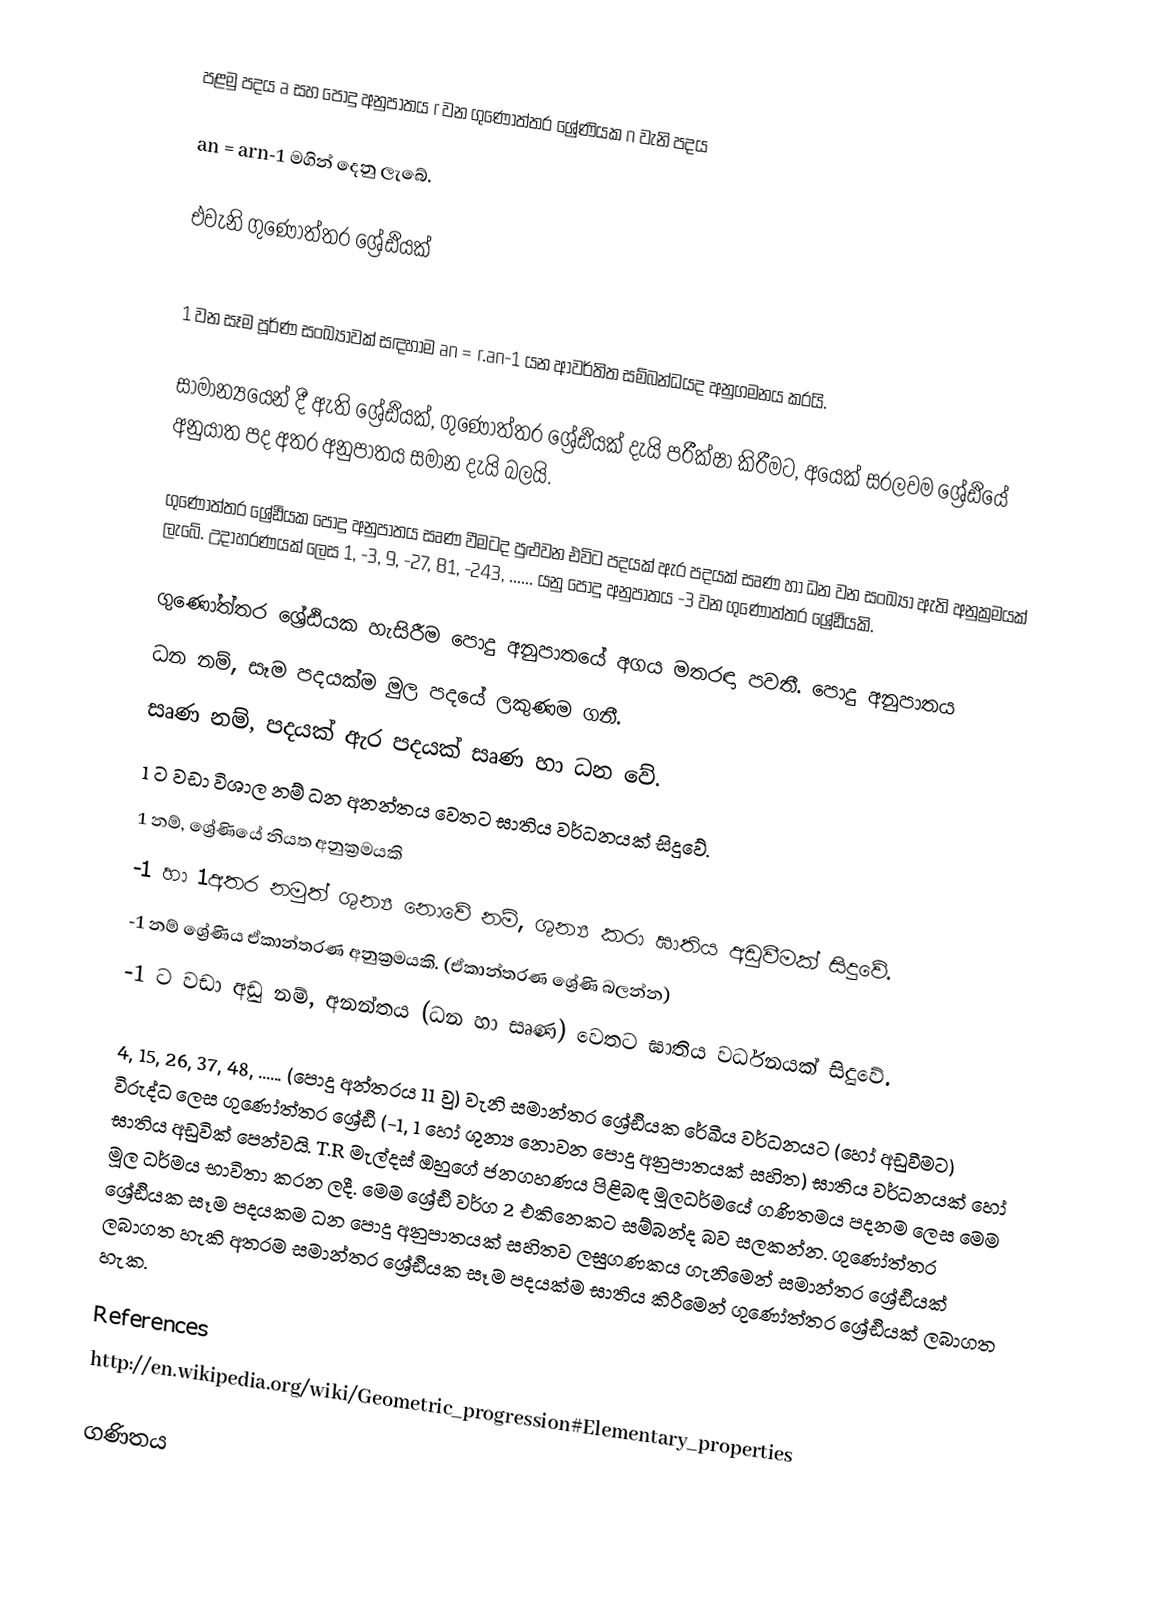
පළමු පදය a සහ පොදු අනුපාතය r වන ගුණෝත්තර ශ්‍රේණියක n වැනි පදය

an = arn-1 මගින් දෙනු ලැබේ.

එවැනි ගුණෝත්තර ශ්‍රේඪියක්

1 වන සෑම පූර්ණ සංඛ්‍යාවක් සඳහාම an = r.an-1 යන ආවර්තිත සම්බන්ධයද අනුගමනය කරයි.

සාමාන්‍යයෙන් දී ඇති ශ්‍රේඪියක්, ගුණෝත්තර ශ්‍රේඪියක් දැයි පරීක්ෂා කිරීමට, අයෙක් සරලවම ශ්‍රේඪියේ අනුයාත පද අතර අනුපාතය සමාන දැයි බලයි.

ගුණෝත්තර ශ්‍රේඪියක පොදු අනුපාතය සෘණ වීමටද පුළුවන එවිට පදයක් ඇර පදයක් සෘණ හා ධන වන සංඛ්‍යා ඇති අනුක්‍රමයක් ලැබේ. උදාහරණයක් ලෙස 1, -3, 9, -27, 81, -243, ...... යනු පොදු අනුපාතය -3 වන ගුණෝත්තර ශ්‍රේඪියකි.

ගුණෝත්තර ශ්‍රේඪියක හැසිරීම පොදු අනුපාතයේ අගය මතරඳා පවතී. පොදු අනුපාතය
ධන නම්, සෑම පදයක්ම මුල පදයේ ලකුණම ගනී.
සෘණ නම්, පදයක් ඇර පදයක් සෘණ හා ධන වේ.
1 ට වඩා විශාල නම් ධන අනන්තය වෙතට ඝාතිය වර්ධනයක් සිදු‍වේ.
1 නම්, ශ්‍රේණියේ නියත අනුක්‍රමයකි
-1 හා 1අතර නමුත් ශුන්‍ය නොවේ නම්, ශුන්‍ය කරා ඝාතිය අඩුවීමක් සිදුවේ.
-1 නම් ශ්‍රේණිය ඒකාන්තරණ අනුක්‍රමයකි. (ඒකාන්තරණ ශ්‍රේණි බලන්න)
-1 ට වඩා අඩු නම්, අනන්තය (ධන හා සෘණ) වෙතට ඝාතිය වර්ධනයක් සිදුවේ.

4, 15, 26, 37, 48, ...... (පොදු අන්තරය 11 වු) වැනි සමාන්තර ශ්‍රේඪියක රේඛීය වර්ධනයට (හෝ අඩුවීමට) විරුද්ධ ලෙස ගුණෝත්තර ශ්‍රේඪි (-1, 1 හෝ ශුන්‍ය නොවන පොදු අනුපාතයක් සහිත) ඝාතිය වර්ධනයක් හෝ ඝාතිය අඩුවික් පෙන්වයි. T.R මැල්දස් ඔහුගේ ජනගහණය පිළිබඳ මූලධර්මයේ ගණිතමය පදනම ලෙස මෙම මූල ධර්මය භාවිතා කරන ලදී. මෙම ශ්‍රේඪි වර්ග 2 එකිනෙකට සම්බන්ද බව සලකන්න. ගුණෝත්තර ශ්‍රේඪියක සෑම පදයකම ධන පොදු අනුපාතයක් සහිතව ලඝුගණකය ගැනිමෙන් සමාන්තර ශ්‍රේඪියක් ලබාගත හැකි අතරම සමාන්තර ශ්‍රේඪියක සෑම පදයක්ම ඝාතිය කිරීමෙන් ගුණෝත්තර ශ්‍රේඪියක් ලබාගත හැක.

References
http://en.wikipedia.org/wiki/Geometric_progression#Elementary_properties

 ගණිතය